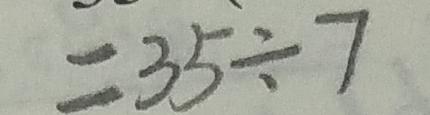
= 3 5 \div 7